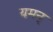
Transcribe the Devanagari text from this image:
यमन्